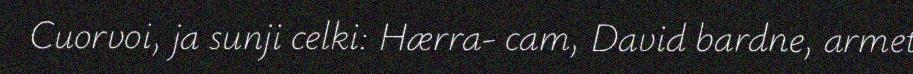
Cuorvoi, ja sunji celki: Hærra- cam, David bardne, armet